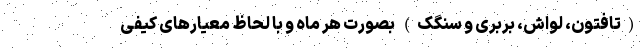
(تافتون، لواش، بربری و سنگک) بصورت هر ماه و با لحاظ معیارهای کیفی